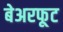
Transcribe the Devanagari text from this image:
बेअरफूट